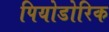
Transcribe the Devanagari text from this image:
पियोडोरिक